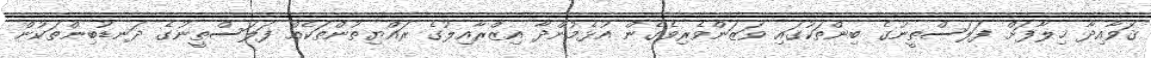
ޤަވާއިދާ ޚިލާފަށް ފަލަސްތީނުގެ ބިންތަކުގައި ވަޒަންވެރިވެގެން އުޅެމުންދާ އިޒްރާއިލުގެ ރައްޔިތުންތަކެއް ފަލަސްތީނުގެ ދަނޑުބިންތަކުން